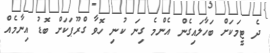
ދެ ޓީމަކަށް ބަހާލައިގެން އެންމެ ގިނަ ކުނި ހޮވާ ގްރޫޕަކަށް ބޮޑު އިނާމެއް